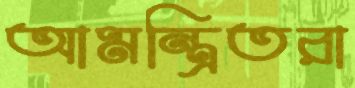
আমন্ত্রিতরা